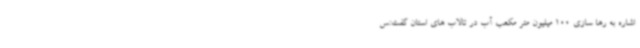
اشاره به رها سازی 100 میلیون متر مکعب آب در تالاب های استان گفت:س